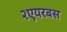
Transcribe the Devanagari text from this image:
२एयरबस